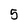
Character: 5